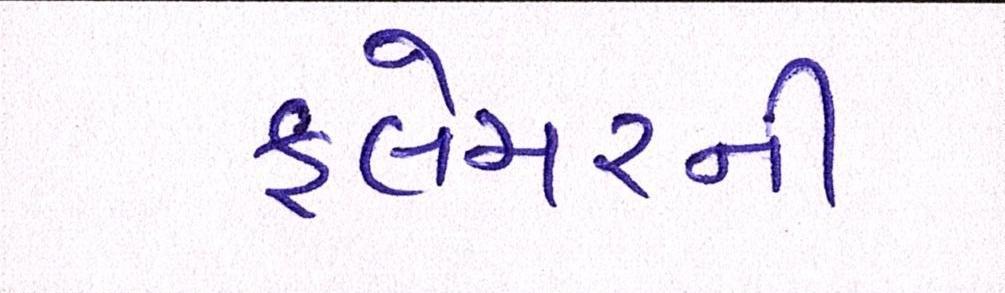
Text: ફ્લેચરની